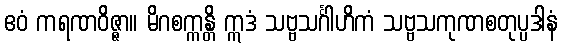
ဧဝံ ကရဏဝိဇ္ဇာ။ မိဂစက္ကန္တိ ဣဒံ သဗ္ဗသင်္ဂါဟိကံ သဗ္ဗသကုဏစတုပ္ပဒါနံ